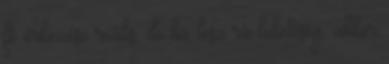
fő érkezése reális, de ha lesz rá lehetőség, akkor